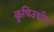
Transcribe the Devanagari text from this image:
कृषिउद्योग